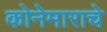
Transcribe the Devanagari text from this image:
कोनेमाराचे